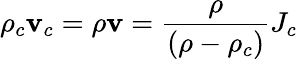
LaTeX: \rho_{c}\mathbf{v}_{c}=\rho\mathbf{v}=\frac{\rho}{(\rho-\rho_{c})}J_{c}